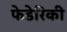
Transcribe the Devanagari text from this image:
फेडेरिकी